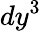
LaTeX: dy^{3}